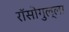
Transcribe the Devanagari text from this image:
रॉसोगुल्ला